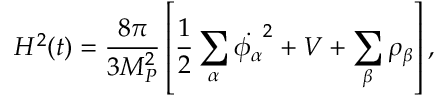
H ^ { 2 } ( t ) = \frac { 8 \pi } { 3 M _ { P } ^ { 2 } } \left[ \frac { 1 } { 2 } \sum _ { \alpha } \dot { \phi _ { \alpha } } ^ { 2 } + V + \sum _ { \beta } \rho _ { \beta } \right] ,